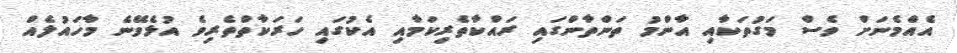
އެއްމެނަށް ވެސް މަގުތަކާއި އާންމު ތަންތާންގައި ރައްކާތެރިކަމާއި އެކުގައި ހަރަކާތްތެރިވެ އުޅެވޭނެ މާހައުލެއް